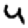
Digit: 4